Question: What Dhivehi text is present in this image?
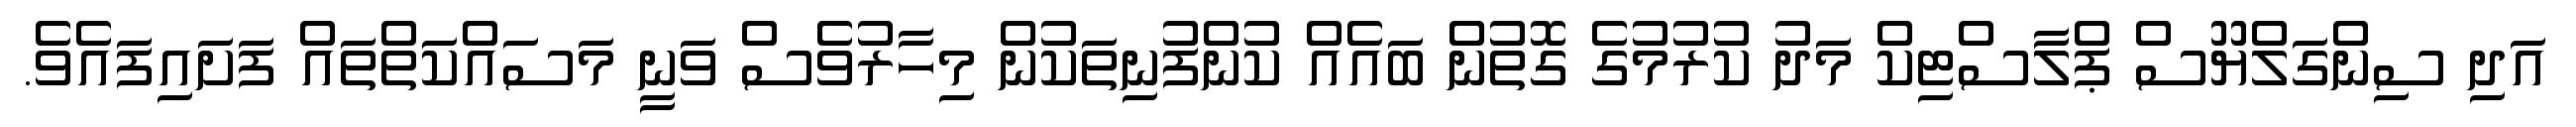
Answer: އަދި ސިންގަލްޔޫސް ޕްލާސްޓިކް މަދު ކުރުމުގެ ގޮތުން ބައެއް ކުންފުނިތަކުން މިހާރުވެސް ވަނީ މަސައްކަތްތައް ފަށައިފައެވެ.